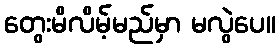
တွေးမိလိမ့်မည်မှာ မလွဲပေ။